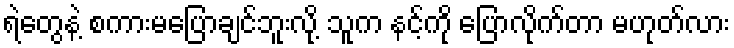
ရဲတွေနဲ့ စကားမပြောချင်ဘူးလို့ သူက နင့်ကို ပြောလိုက်တာ မဟုတ်လား